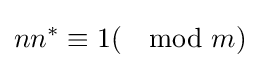
nn^{*}\equiv 1(\mod m)